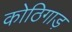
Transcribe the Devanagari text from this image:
कोठिगाड़